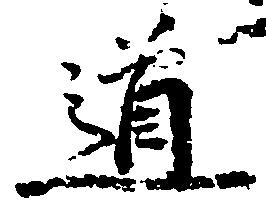
道